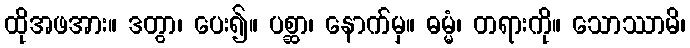
ထိုအဖအား။ ဒတွာ၊ ပေး၍။ ပစ္ဆာ၊ နောက်မှ။ ဓမ္မံ၊ တရားကို။ သောဿာမိ၊